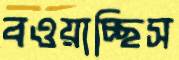
বওয়াচ্ছিস